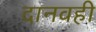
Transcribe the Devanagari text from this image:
दानवही